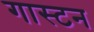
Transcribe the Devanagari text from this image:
गास्टन